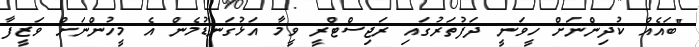
"ބައެއް ކުދިންނަށް ހީވަނީ ދަފުތަރުގައި ރަޖިސްޓްރީ ވީމާ އަޅުގަނޑުމެން އެ މީހުންނަށް ވަޒީފާ